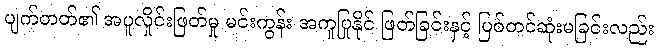
ပျက်တတ်၏ အပူလှိုင်းဖြတ်မှု မင်းကွန်း အကူပြုနိုင် ဖြတ်ခြင်းနှင့် ပြစ်တင်ဆုံးမခြင်းလည်း